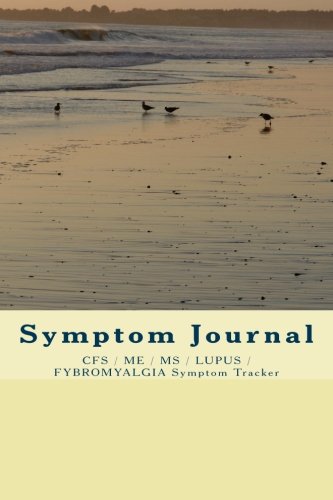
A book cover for Symptom Journal: CFS / ME / MS / LUPUS Symptom Tracker; S. A. Strongheart; Health, Fitness & Dieting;